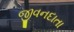
જીવનદાતા